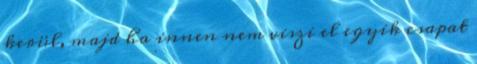
kerül, majd ha innen nem viszi el egyik csapat